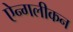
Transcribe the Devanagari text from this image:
ऐन्गलीकन